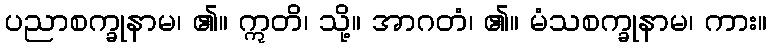
ပညာစက္ခုနာမ၊ ၏။ ဣတိ၊ သို့။ အာဂတံ၊ ၏။ မံသစက္ခုနာမ၊ ကား။